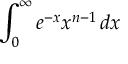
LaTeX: \int _ { 0 } ^ { \infty } e ^ { - x } x ^ { n - 1 } \, d x